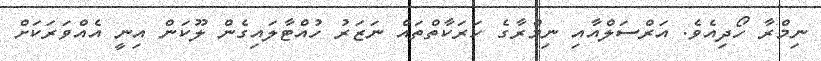
ނިމްރާ ހޯދިއެވެ. އަރްސަލްއާއި ނިމްރާގެ ހަރަކާތްތައް ނަޒަރު ހުއްޓާލައިގެން ލޫކަން އިނީ އެއްވަރަކަށް